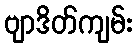
ဗျာဒိတ်ကျမ်း